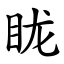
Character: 眬